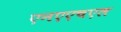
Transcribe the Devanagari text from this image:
एनएएचएल